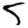
Digit: 5